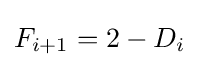
F_{i+1}=2-D_{i}